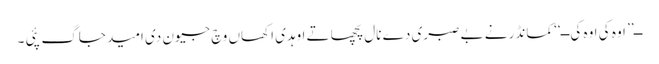
ــ’’ اوہ کی اوہ کی ــ‘‘ کمانڈر نے بے صبری دے نال پچھا تے اوہدی اکھاں وچ جیون دی امید جاگ پئی ۔